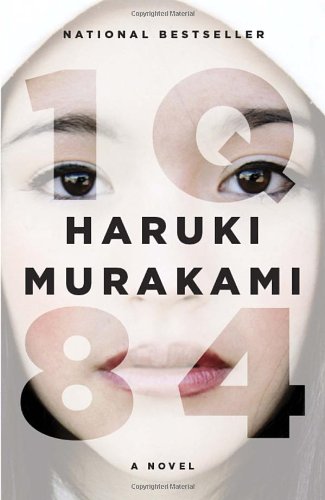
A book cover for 1Q84 (Vintage International); Haruki Murakami; Science Fiction & Fantasy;